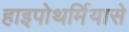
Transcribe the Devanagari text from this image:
हाइपोथर्मियासे